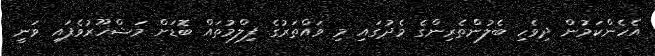
އެހެންކަމުން ދިވެހި ބެލުންތެރިންގެ މެދުގައި މި ވައްތަރުގެ ފިލްމުތައް ބޮޑަށް މަޝްހޫރުވެފައި ވަނީ